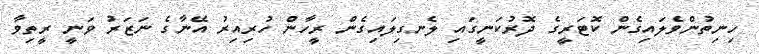
ހިނިތުންވެލައިގެން ކޮޓަރީގެ ދޮރުކަނީގައި ލެނގިލައިގެން ރީހާން ހުރިއިރު އޭނާގެ ނަޒަރު ވަނީ ރީތިވާ